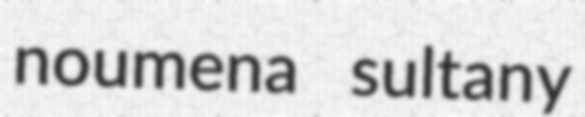
noumena sultany